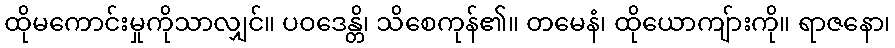
ထိုမကောင်းမှုကိုသာလျှင်။ ပဝဒေန္တိ၊ သိစေကုန်၏။ တမေနံ၊ ထိုယောကျ်ားကို။ ရာဇနော၊